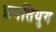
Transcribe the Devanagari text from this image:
प्रगतियुग